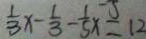
\frac { 1 } { 3 } x - \frac { 1 } { 3 } - \frac { 1 } { 5 } x = 1 2